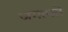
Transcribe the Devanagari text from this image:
जगत्पते